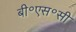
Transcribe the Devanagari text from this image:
बी॰एस॰सी